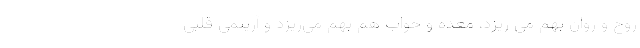
روح و روان بهم می ریزد، معده و خواب هم بهم می‌‌ریزد و آریتمی قلبی